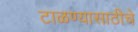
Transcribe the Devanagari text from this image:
टाळण्यासाठीचे